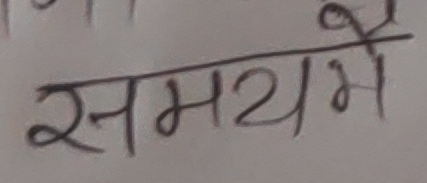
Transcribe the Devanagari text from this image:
समयमे